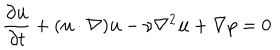
LaTeX: \frac { \partial { \bf u } } { \partial t } + ( { \bf u } \cdot \nabla ) { \bf u } - \nu \nabla ^ { 2 } { \bf u } + \nabla p = 0